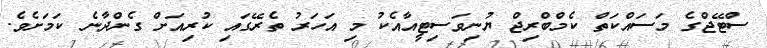
ސްޓޭޖްގެ މަސައްކަތް ކެމްބްރިޖް ޔުނިވަސިޓީއާއެކު މި އަހަރު ތެރޭގައި ކުރިއަށް ގެންދާނެ ކަމަށެވެ.